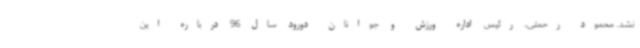
نشد. محمود رحمتی، رئیس اداره ورزش و جوانان دورود سال 96 درباره این